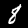
Digit: 8